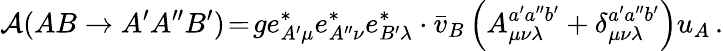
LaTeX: {\cal A}(AB\to A^{\prime}A^{\prime\prime}B^{\prime})\! =\! ge_{A^{\prime}\mu}^{*}e_{A^{\prime\prime}\nu}^{*}e_{B^{\prime}\lambda}^{*}\cdot\bar{v}_{B}\left(A_{\mu\nu\lambda}^{a^{\prime}a^{\prime\prime}b^{\prime}}+\delta_{\mu\nu\lambda}^{a^{\prime}a^{\prime\prime}b^{\prime}}\right)u_{A}\, .